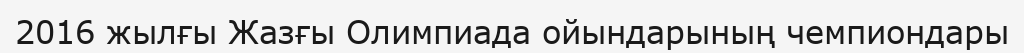
2016 жылғы Жазғы Олимпиада ойындарының чемпиондары